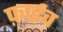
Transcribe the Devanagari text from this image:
फ़ाईव